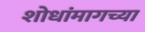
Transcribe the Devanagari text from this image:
शोधांमागच्या